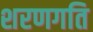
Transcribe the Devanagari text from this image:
शरणगति